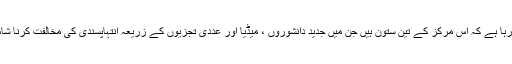
بتایا جارہا ہے کہ اس مرکز کے تین ستون ہیں جن میں جدید دانشوروں ، میڈیا اور عددی تجزیوں کے زریعہ انتہاپسندی کی مخالفت کرنا شامل ہے۔